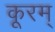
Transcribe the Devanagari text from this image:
कूरम्